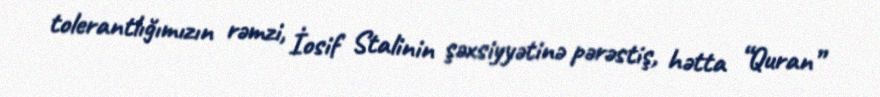
tolerantlığımızın rəmzi, İosif Stalinin şəxsiyyətinə pərəstiş, hətta “Quran”